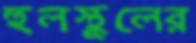
হুলস্থূলের